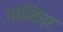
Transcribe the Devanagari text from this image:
गांजिता